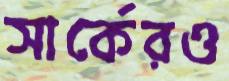
সার্কেরও